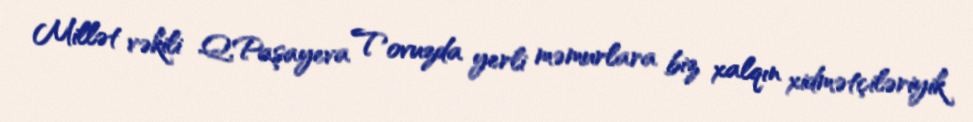
Millət vəkili Q.Paşayeva Tovuzda yerli məmurlara biz xalqın xidmətçiləriyik